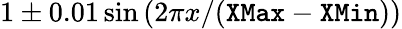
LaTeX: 1\pm 0.01\sin\left(2\pi x/(\texttt{XMax}-\texttt{XMin})\right)